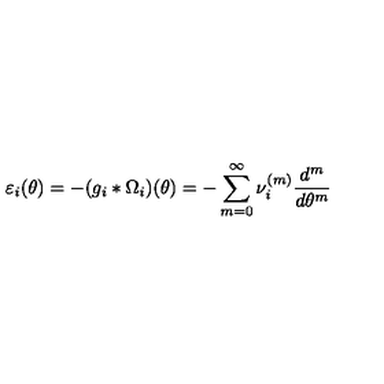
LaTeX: \varepsilon _ { i } ( \theta ) = - ( g _ { i } \ast \Omega _ { i } ) ( \theta ) = - \sum _ { m = 0 } ^ { \infty } \nu _ { i } ^ { ( m ) } \frac { d ^ { m } } { d \theta ^ { m } }